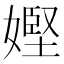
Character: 𡠩